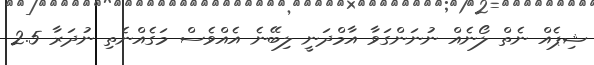
ޝިޕެއް ނެތް ލޯނެއް ނުނަންގަވާ އާމްދަނީ ލިބޭނެ އެއްވެސް މަގެއްނެތި ނުދަރާ 2.5